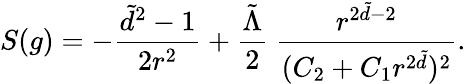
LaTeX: S(g)=-\frac{\tilde{d}^{2}-1}{2r^{2}}+\frac{\tilde{\Lambda}}{2}\ \frac{r^{2\tilde{d}-2}}{(C_{2}+C_{1}r^{2\tilde{d}})^{2}}.